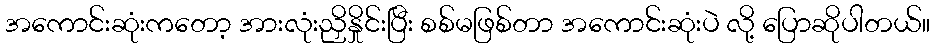
အကောင်းဆုံးကတော့ အားလုံးညှိနှိုင်းပြီး စစ်မဖြစ်တာ အကောင်းဆုံးပဲ လို့ ပြောဆိုပါတယ်။